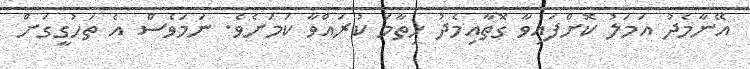
އޭނާމެދު އަމަލު ކޮށްފައިވާ ގޮތާއިމެދު ހިތާމަ ކުރައްވާ ކަމަށެވެ. ނަމަވެސް އެ ތަހުގީގަށް